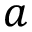
a